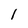
Character: l